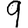
Digit: 9